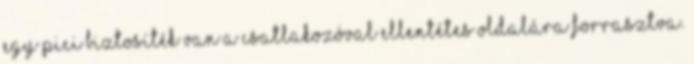
Egy pici biztosíték van a csatlakozóval ellentétes oldalára forrasztva.